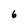
Character: 6